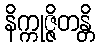
နိက္ကုဇ္ဇိတန္တိ